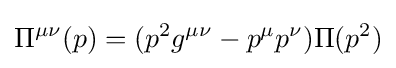
\Pi ^{\mu \nu }(p)=(p^{2}g^{\mu \nu }-p^{\mu }p^{\nu })\Pi (p^{2})